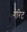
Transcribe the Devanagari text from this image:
गेरिट